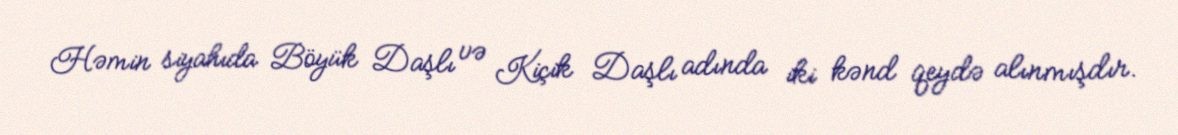
Həmin siyahıda Böyük Daşlı və Kiçik Daşlı adında iki kənd qeydə alınmışdır.